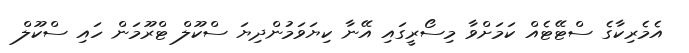
އެމެރިކާގެ ސްޓޭޓެއް ކަމަށްވާ މިސޯރީގައި އޭނާ ކިޔަވަމުންދިޔަ ސްކޫލް ޓްރޫމަން ހައި ސްކޫލް